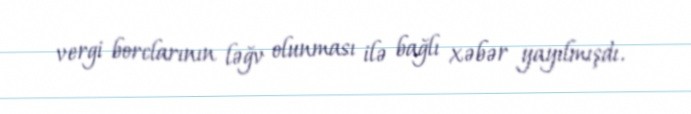
vergi borclarının ləğv olunması ilə bağlı xəbər yayılmışdı.